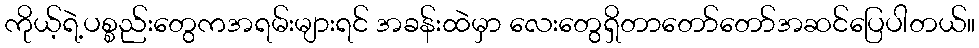
ကိုယ့်ရဲ့ပစ္စည်းတွေကအရမ်းများရင် အခန်းထဲမှာ လေးတွေရှိတာတော်တော်အဆင်ပြေပါတယ်။